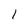
Character: 1